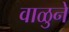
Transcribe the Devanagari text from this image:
वाळुने